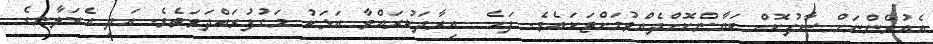
އެއުރެންނަށް ސާފުކޮށް ބަޔާންކޮށްދެއްވުމަށްޓަކައެވެ. ފަހެ  އިރާދަކުރައްވާ އަޅަކު މަގުފުރައްދަވަތެވެ. އަދި އެކަލާނގެ